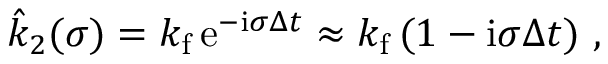
\hat { k } _ { 2 } ( \sigma ) = k _ { \mathrm { f } } \, \mathrm { e } ^ { - \mathrm { i } \sigma \Delta t } \approx k _ { \mathrm { f } } \, ( 1 - \mathrm { i } \sigma \Delta t ) \ ,